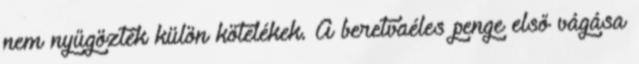
nem nyűgözték külön kötelékek. A beretvaéles penge első vágása